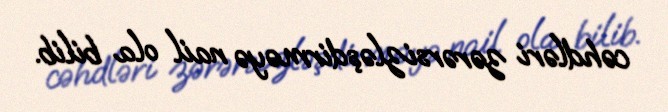
cəhdləri zərərsizləşdirməyə nail ola bilib.